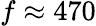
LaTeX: f\approx 470